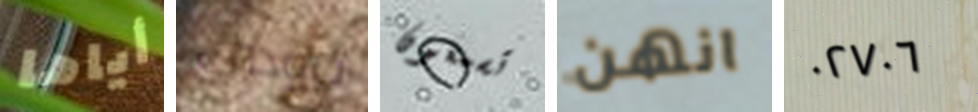
أياها ترودي تسمعون انهن ٠٢٧٠٦